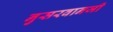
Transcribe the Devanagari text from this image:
नुसरवानजी